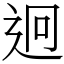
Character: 迥